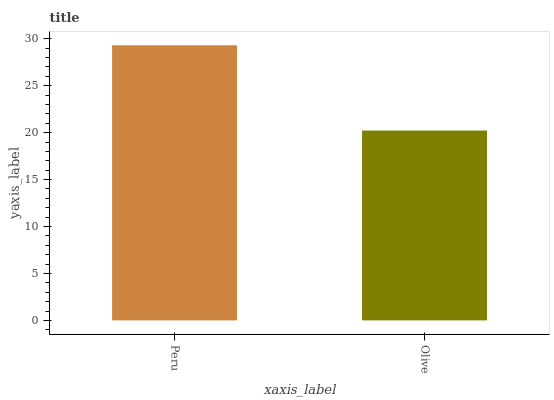
| xaxis_label | bars |
 | --- | --- |
 | Peru | 29.3 |
 | Olive | 20.2 |